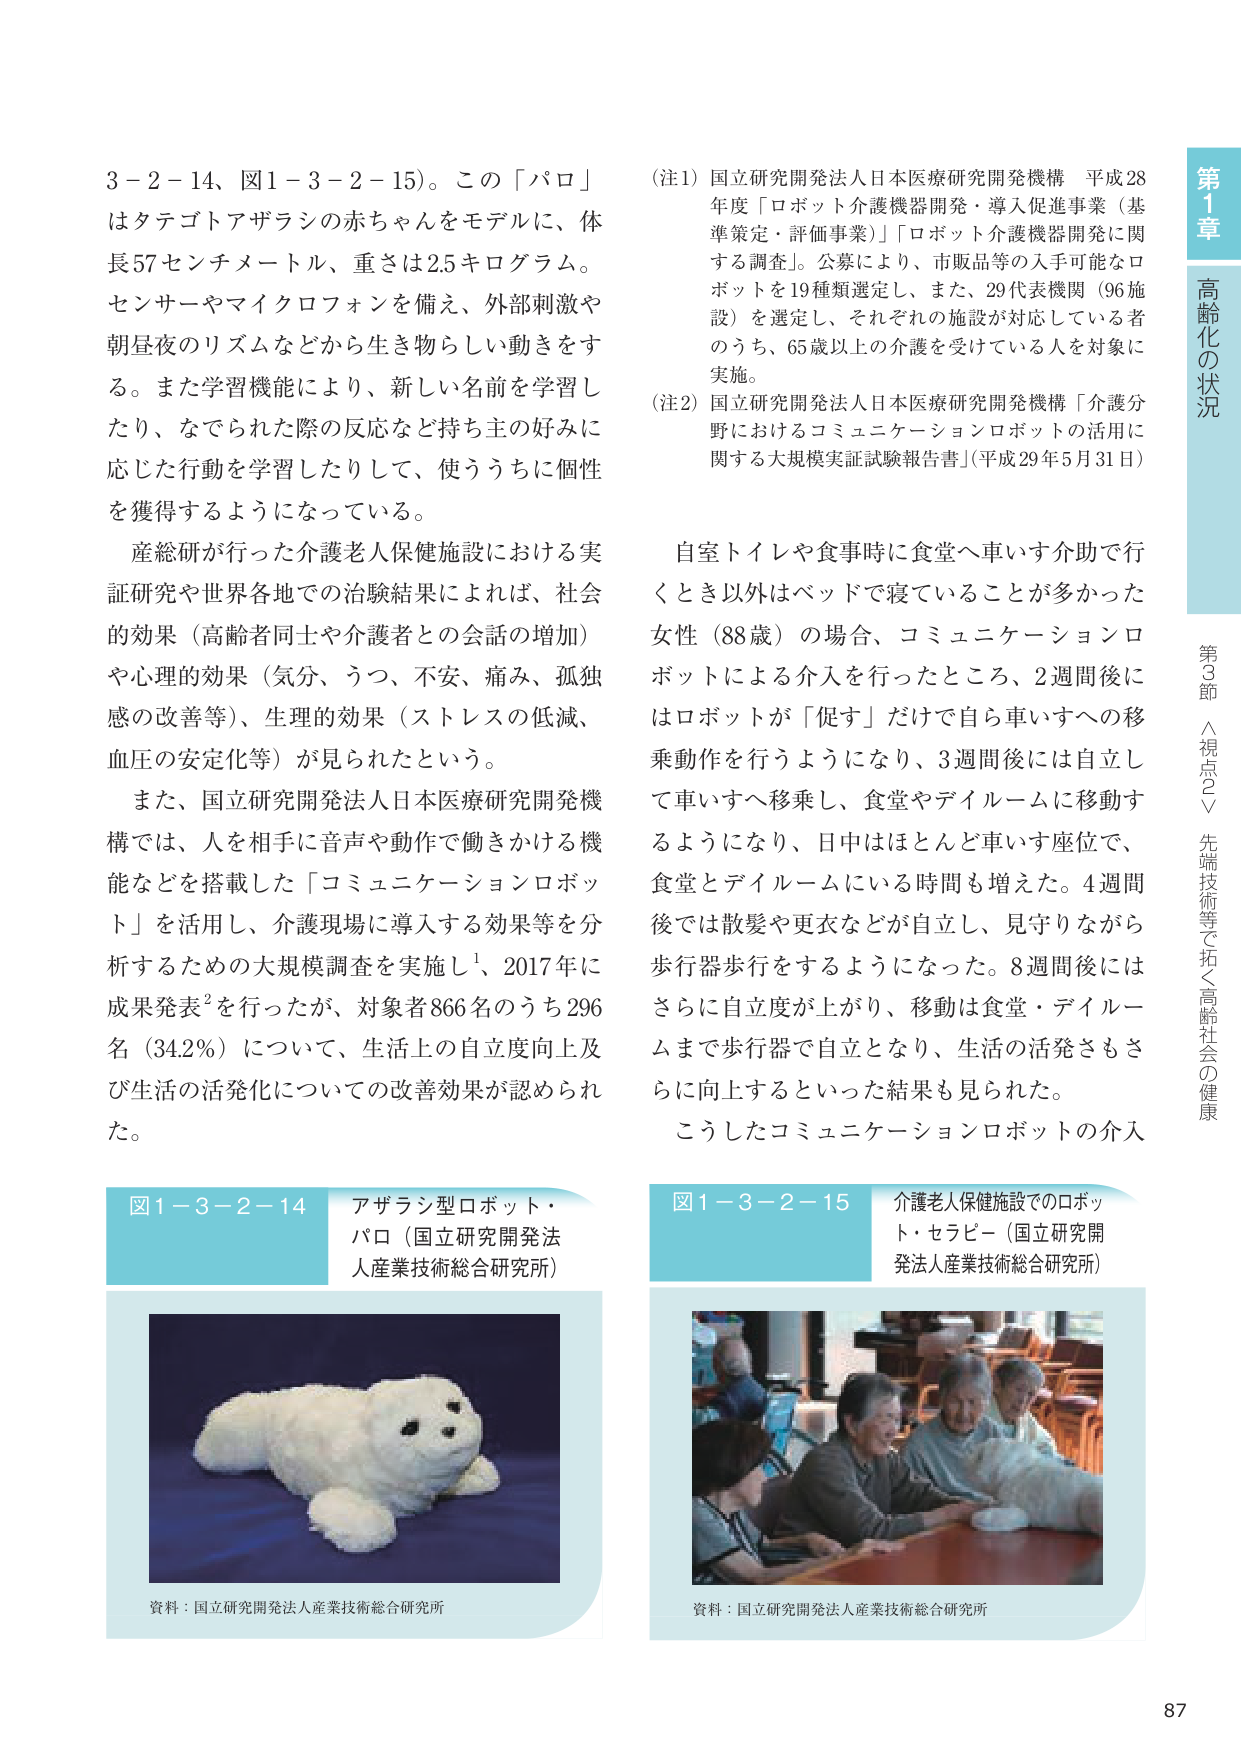
3－2－14、図1－3－2－15）。この「パロ」はタテゴトアザラシの赤ちゃんをモデルに、体長57センチメートル、重さは2.5キログラム。センサーやマイクロフォンを備え、外部刺激や朝昼夜のリズムなどから生き物らしい動きをする。また学習機能により、新しい名前を学習したり、なでられた際の反応など持ち主の好みに応じた行動を学習したりして、使ううちに個性を獲得するようになっている。

産総研が行った介護老人保健施設における実証研究や世界各地での治験結果によれば、社会的効果（高齢者同士や介護者との会話の増加）や心理的効果（気分、うつ、不安、痛み、孤独感の改善等）、生理的効果（ストレスの低減、血圧の安定化等）が見られたという。

また、国立研究開発法人日本医療研究開発機構では、人を相手に音声や動作で働きかける機能などを搭載した「コミュニケーションロボット」を活用し、介護現場に導入する効果等を分析するための大規模調査を実施し¹、2017年に成果発表²を行ったが、対象者866名のうち296名（34.2％）について、生活上の自立度向上及び生活の活発化についての改善効果が認められた。

（注1）国立研究開発法人日本医療研究開発機構 平成28年度「ロボット介護機器開発・導入促進事業（基準策定・評価事業）」「ロボット介護機器開発に関する調査」。公募により、市販品等の入手可能なロボットを19種類選定し、また、29代表機関（96施設）を選定し、それぞれの施設が対応している者のうち、65歳以上の介護を受けている人を対象に実施。

（注2）国立研究開発法人日本医療研究開発機構「介護分野におけるコミュニケーションロボットの活用に関する大規模実証試験報告書」（平成29年5月31日）

自室トイレや食事時に食堂へ車いす介助で行くとき以外はベッドで寝ていることが多かった女性（88歳）の場合、コミュニケーションロボットによる介入を行ったところ、2週間後にはロボットが「促す」だけで自ら車いすへの移乗動作を行うようになり、3週間後には自立して車いすへ移乗し、食堂やデイルームに移動するようになり、日中はほとんど車いす座位で、食堂とデイルームにいる時間も増えた。4週間後では散髪や更衣などが自立し、見守りながら歩行器歩行をするようになった。8週間後にはさらに自立度が上がり、移動は食堂・デイルームまで歩行器で自立となり、生活の活発さもさらに向上するといった結果も見られた。

こうしたコミュニケーションロボットの介入

図1－3－2－14 アザラシ型ロボット・パロ（国立研究開発法人産業技術総合研究所）

資料：国立研究開発法人産業技術総合研究所

図1－3－2－15 介護老人保健施設でのロボット・セラピー（国立研究開発法人産業技術総合研究所）

資料：国立研究開発法人産業技術総合研究所

第1章 高齢化の状況
第3節 ＼視点2＼ 先端技術等で拓く高齢社会の健康

87